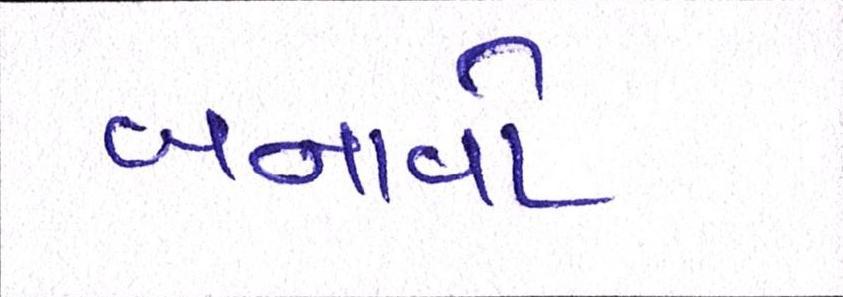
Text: બનાવો